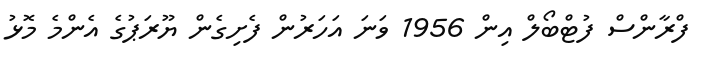
ފްރާންސް ފުޓްބޯލް އިން 1956 ވަނަ އަހަރުން ފެށިގެން ޔޫރަޕުގެ އެންމެ މޮޅު